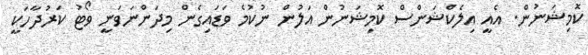
ކޮމިޝަނުން. އެއީ އިލެކްޝަންސް ކޮމިޝަނުން އަލުން ނުކުމެ ވަޑައިގެން މިދަންނަވަނީ ވޯޓު ކަރުދާހަކީ